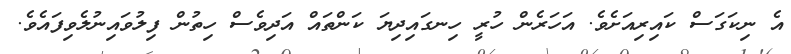
އެ ނިކަގަސް ކައިރިއަށެވެ. އަހަރެން ހުރީ ހިނގައިދިޔަ ކަންތައް އަދިވެސް ހިތުން ފިލުވައިނުލެވިފައެވެ.